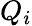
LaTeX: Q_{i}